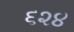
૬૨૪